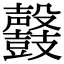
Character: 𪔰